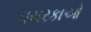
ઘસરકાઓ